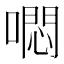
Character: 𭊳